Observations on rabies - Number 36
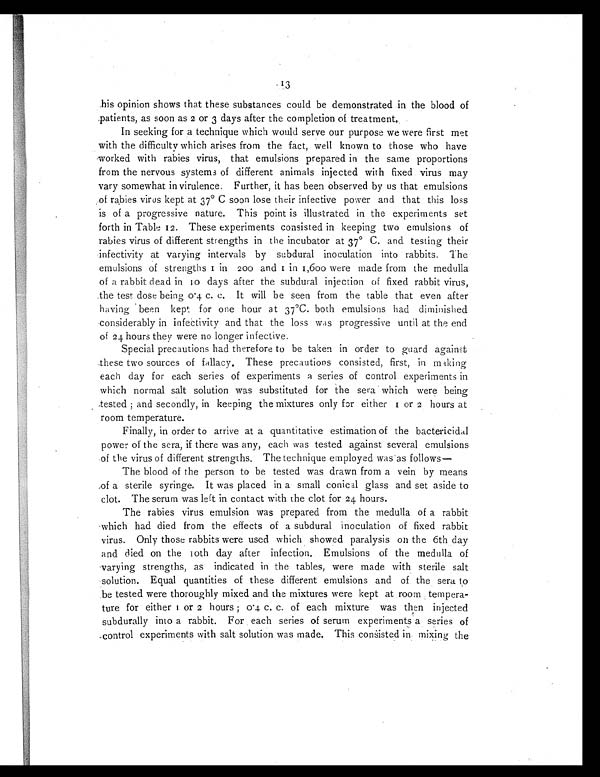
his opinion shows that these substances could be demonstrated in the blood of
patients, as soon as 2 or 3 days after the completion of treatment.
In seeking for a technique which would serve our purpose we were first met
with the difficulty which arises from the fact, well known to those who have
worked with rabies virus, that emulsions prepared in the same proportions
from the nervous systems of different animals injected with fixed virus may
vary somewhat in virulence. Further, it has been observed by us that emulsions
of rabies virus kept at 37° C soon lose their infective power and that this loss
is of a progressive nature. This point is illustrated in the experiments set
forth in Table 12. These experiments consisted in keeping two emulsions of
rabies virus of different strengths in the incubator at 37° C. and testing their
infectivity at varying intervals by subdural inoculation into rabbits. The
emulsions of strengths 1 in2 0 0
a n d 1 i n 1 , 6 0 0 w e r e m a d e f r o m t h e m e d u l l a
of a rabbit dead in 10 days after the subdural injection of fixed rabbit virus,
the test dose being 0.4 c. c. It will be seen from the table that even after
having been kept for one hour at 37°C. both emulsions had diminished
considerably in infectivity and that the loss was progressive until at the end
of 24 hours they were no longer infective.
Special precautions had therefore to be taken in order to guard against
these two sources of fallacy. These precautions consisted, first, in making
each day for each series of experiments a series of control experiments in
which normal salt solution was substituted for the sera which were being
tested ; and secondly, in keeping the mixtures only for either 1 or2 h o u r s a t
room temperature.
Finally, in order to arrive at a quantitative estimation of the bactericidal
power of the sera, if there was any, each was tested against several emulsions
of the virus of different strengths. The technique employed was as follows—
The blood of the person to be tested was drawn from a vein by means
of a sterile syringe. It was placed in a small conical glass and set aside to
clot. The serum was left in contact with the clot for 24 hours.
The rabies virus emulsion was prepared from the medulla of a rabbit
which had died from the effects of a subdural inoculation of fixed rabbit
virus. Only those rabbits were used which showed paralysis on the 6th day
and died on the 10th day after infection. Emulsions of the medulla of
varying strengths, as indicated in the tables, were made with sterile salt
solution. Equal quantities of these different emulsions and of the sera to
be tested were thoroughly mixed and the mixtures were kept at room tempera-
ture for either 1 or2 h o u r s ; 0 . 4 c . c . o f e a c h m i x t u r e w a s t h e n i n j e c t e d
subdurally into a rabbit. For each series of serum experiments a series of
control experiments with salt solution was made. This consisted in mixing the